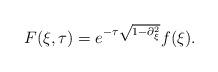
LaTeX: \begin{align*}F(\xi,\tau) = e^{-\tau\sqrt{1-\partial_{\xi}^{2}}}f(\xi).\end{align*}